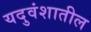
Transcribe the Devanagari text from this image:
यदुवंशातील